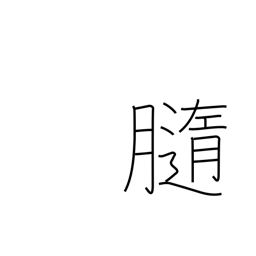
Meaning: pith